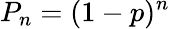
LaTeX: P_{n}=(1-p)^{n}